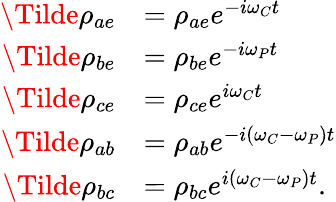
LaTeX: \begin{array}{rl}{\Tilde{\rho}_{ae}}&{=\rho_{ae}e^{-i\omega_{C}t}}\\ {\Tilde{\rho}_{be}}&{=\rho_{be}e^{-i\omega_{P}t}}\\ {\Tilde{\rho}_{ce}}&{=\rho_{ce}e^{i\omega_{C}t}}\\ {\Tilde{\rho}_{ab}}&{=\rho_{ab}e^{-i(\omega_{C}-\omega_{P})t}}\\ {\Tilde{\rho}_{bc}}&{=\rho_{bc}e^{i(\omega_{C}-\omega_{P})t}.}\end{array}